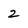
Character: 2